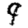
Digit: 9